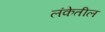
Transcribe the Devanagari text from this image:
लंकेतील